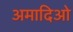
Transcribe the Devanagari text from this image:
अमादिओ